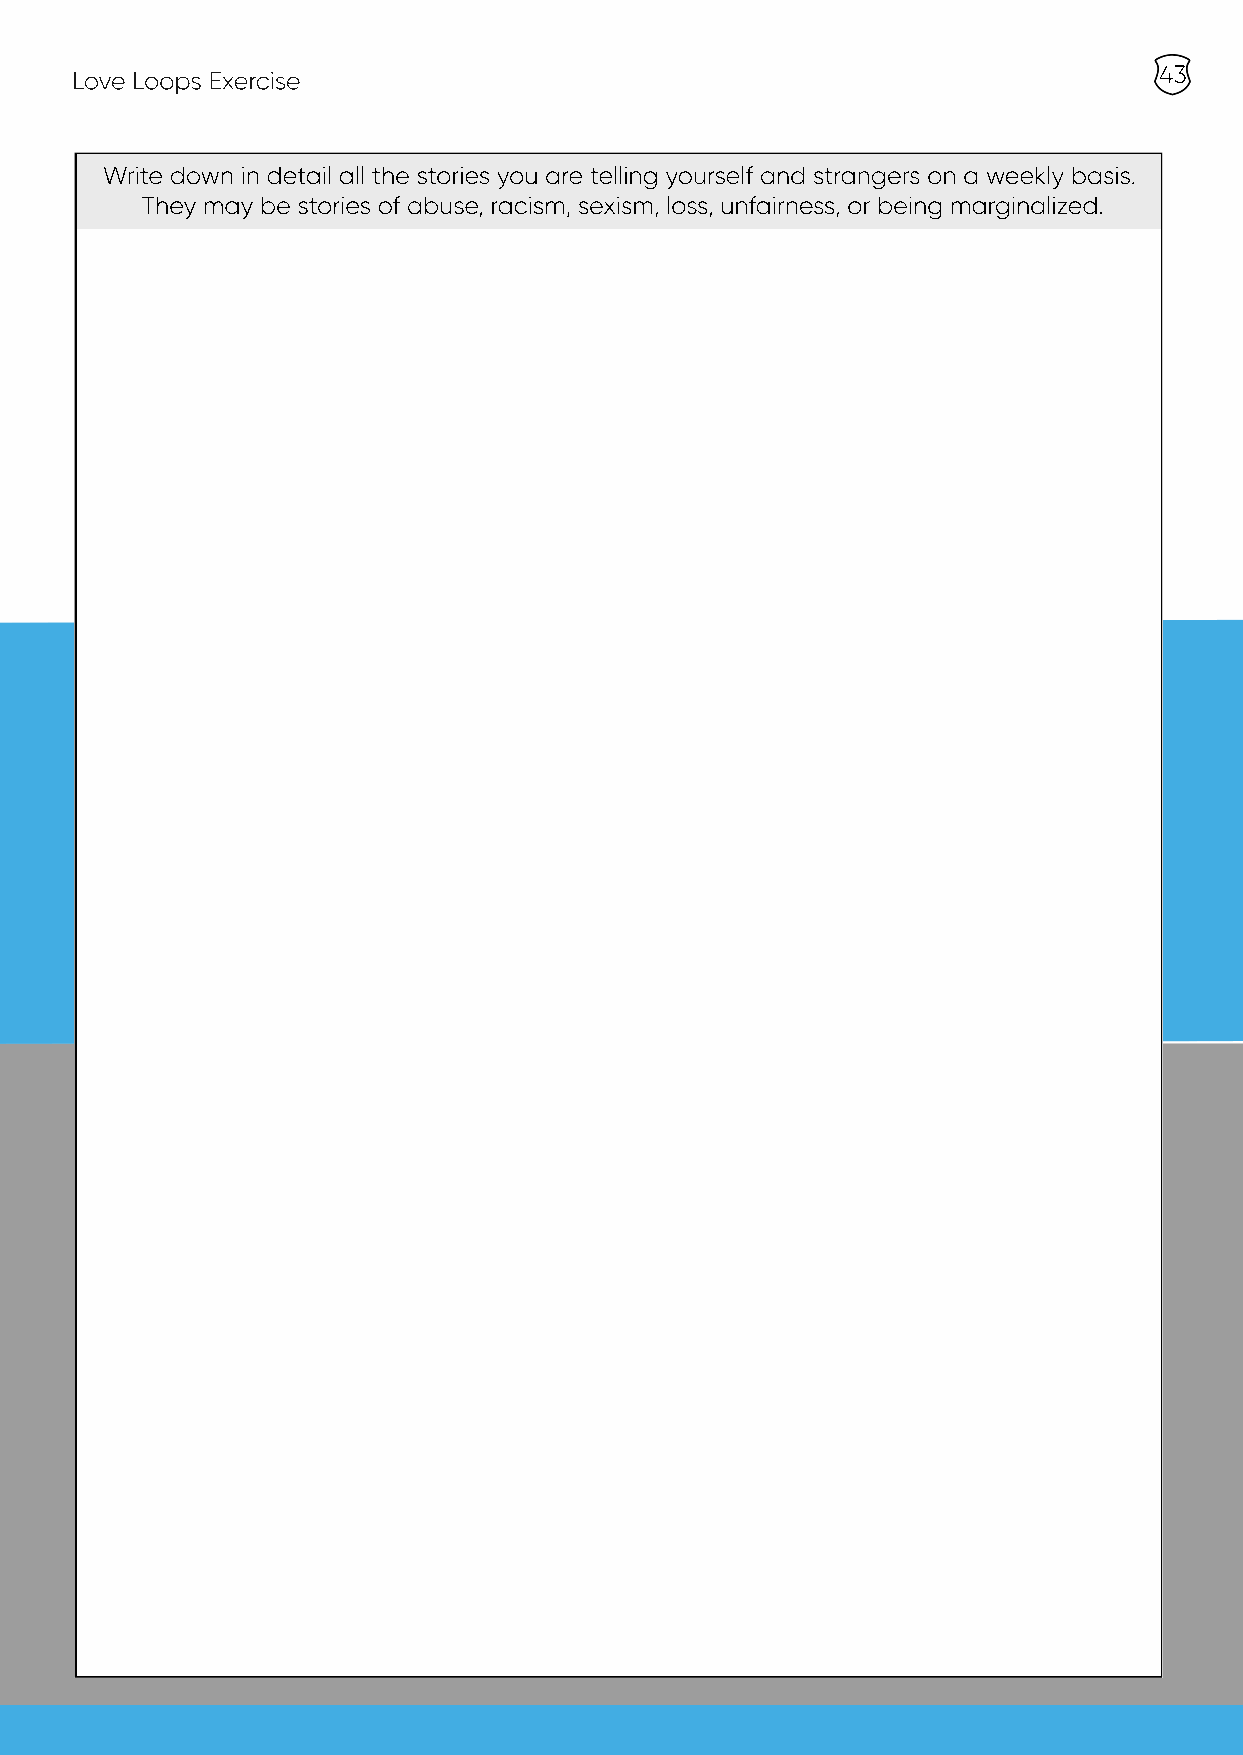
43
 Love Loops Exercise
 Write down in detail all the stories you are telling yourself and strangers on a weekly basis.
 They may be stories of abuse, racism, sexism, loss, unfairness, or being marginalized.